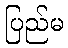
ပြည်မ